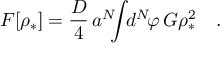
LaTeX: { \cal F } [ \rho _ { * } ] = { \frac { D } { 4 } } \, a ^ { N } \! \! \! \int \! \! d ^ { N } \! \varphi \, G \rho _ { * } ^ { 2 } \quad .